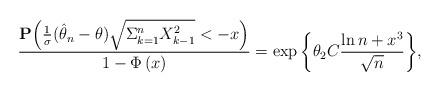
LaTeX: \begin{align*}\frac{\mathbf{P}\Big( \frac{1}{\sigma}(\hat{\theta}_n -\theta )\sqrt{ \Sigma_{k=1}^n X_{k-1}^2} < - x \Big)}{1-\Phi \left( x\right)}=\exp\bigg\{ \theta_2 C \frac{ \ln n +x^{3}}{ \sqrt{n} } \bigg \},\end{align*}